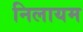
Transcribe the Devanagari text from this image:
निलायम